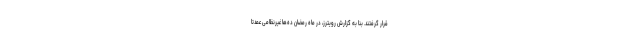
قرار گرفتند. بنا به گزارش رویترز، در ماه رمضان ده‌ها غیرنظامی عمدتا